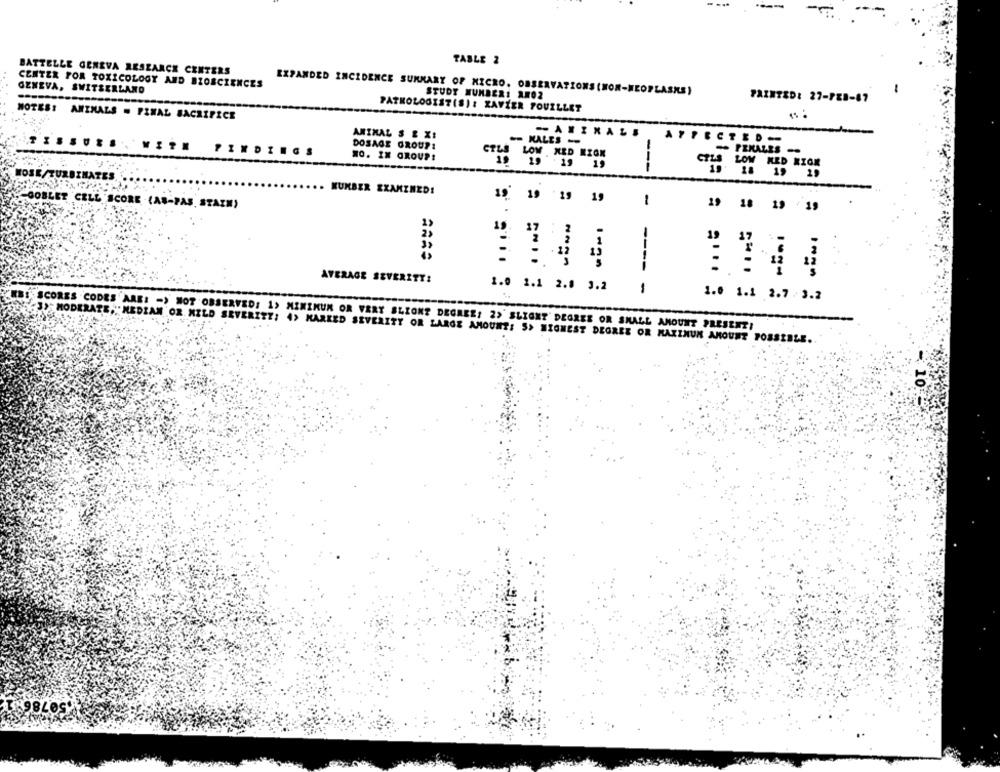
---.
--
TABLE 2
BATTELLE GENEVA RESEARCH CENTERS
CENTER FOR TOXICOLOGY AND BZOSCIENCES
GENEVA, SWITZERLAND
EXPANDED INCIDENCE SUMMARY OF MICRO. OBSERVATIONS (NON-NEOPLASKE)
STUDY NUMBERI AM02
PAINTED: 27-FEB-87
PATHOLOGIST(S): XAVIER YOUILLET
NOTES: ANIMALS = FINAL SACRIFICE
ANIMAL S E X:
-AFINAL.
ATTECTED-
DOSAGE GROUP!
- KALES -
WITH FINDINGS
- PERALES -
NO. IN GROUP!
CTLS LOW MED MIGK
---
CTLS LOW MED NIGE
TOSE
ROZHATES
KUKBER EXAMINED!
19 19 19 19
1
-GOBLET CELL SCORE -(AS-PAS. STAIN)
19 18 19 19
11441
i
....
AVERAGE SEVERITY:
1.0 1.1 2.0 3.2
1
1.0 1.1 2.7 .3.2
SCORES CODES ARE: - ) MOT OBSERVED: 1> MINIKUM OR VERY BLIONT DEGREE: 2> SLIGHT' DEGREE OR SMALL AMOUNT PRESENZ!
MODERATE," MEDIAM OR MILD SEVERITY: 4> MARKED SEVERITY OR LARGE AMOUNT: S> HIGHEST DEGREE OR MAXIMUM AMOUNT POSSIBLE.